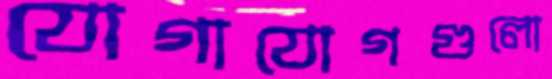
যোগাযোগগুলো